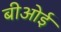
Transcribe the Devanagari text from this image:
बीओई